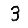
Digit: 3